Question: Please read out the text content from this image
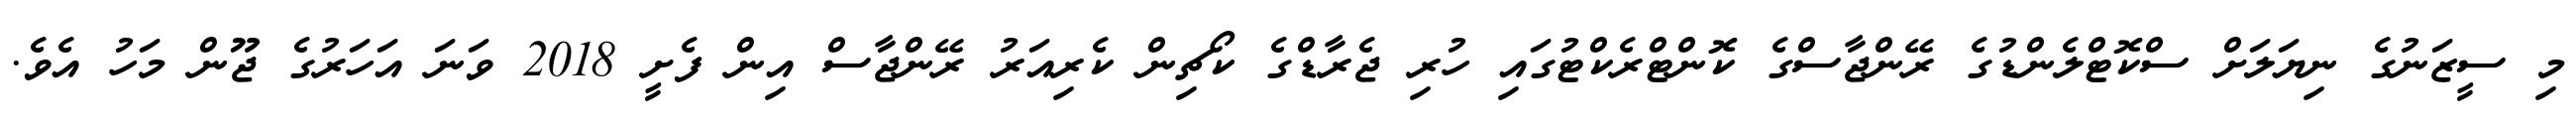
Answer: މި ސީޒަނުގެ ނިޔަލަށް ސްކޮޓްލެންޑުގެ ރޭންޖާސްގެ ކޮންޓްރެކްޓުގައި ހުރި ޖެރާޑްގެ ކޯޗިން ކެރިއަރު ރޭންޖާސް އިން ފެށީ 2018 ވަނަ އަހަރުގެ ޖޫން މަހު އެވެ.